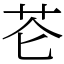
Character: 芲